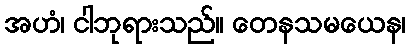
အဟံ၊ ငါဘုရားသည်။ တေနသမယေန၊